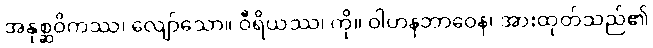
အနုစ္ဆဝိကဿ၊ လျော်သော။ ဝီရိယဿ၊ ကို။ ဝါဟနဘာဝေန၊ အားထုတ်သည်၏